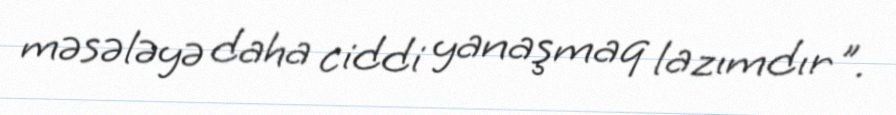
məsələyə daha ciddi yanaşmaq lazımdır".